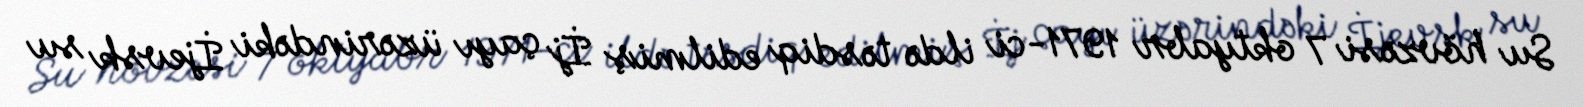
Su hövzəsi 7 oktyabr 1971-ci ildə təsdiq edilmiş İj çayı üzərindəki İjevsk su